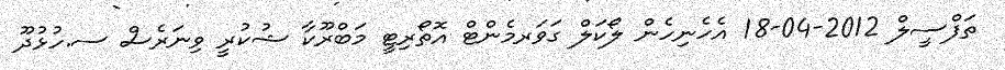
ތަފްސީލް 2012-04-18 އެހެނިހެން ލޯކަލް ގަވަރމެންޓް އޮތޯރިޓީ މަބްރޫކާ ޝުކުރީ ވިނަރެސް ސ.ހުޅުދޫ